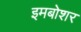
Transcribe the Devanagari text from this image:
इमबोशर